Statistics of inoculations with Haffkine's anti-plague vaccine 1897-1900
Year: 1897
Disease focus: Plague
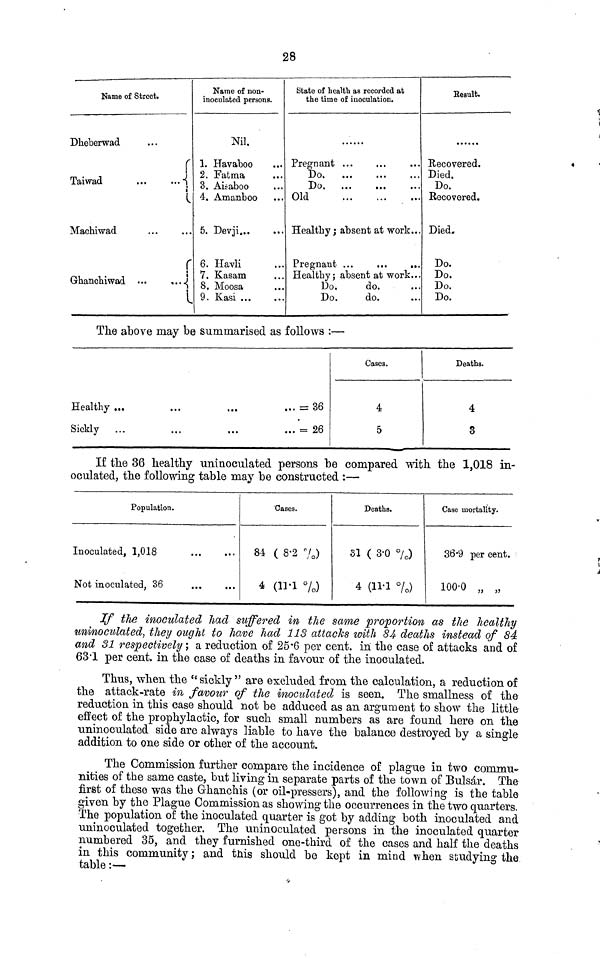
28
Name of Street.
Dheberwad
Taiwad
Machiwad
Ghanchiwad
...
...
...
...
...
...
···
Name of non-
inoculated persons.
Nil.
1. Havaboo
2. Fat ma
3. Aitaboo
4. Amanboo
5. Devji...
6. Havli
7. Kasam
8. Moosa
9. Kasi ...
···
...
...
...
···
otate of health as recorded at
the time of inoculation.
Pregnant
Do.
Do.
Old
······
···
...
...
...
···
...
...
...
···
···
...
...
Healthy ; absent at work...
Pregnant
Healthy ; absent at work...
Do.
Do
do.
do.
...
...
Result.
Recovered.
Died.
Do.
Recovered.
Died.
Do.
Do.
Do.
Do.
The above may be summarised as follows :—
Healthy
Sickly
...
...
...
...
...
...
... = 36
... = 26
Cases.
4
5
Deaths.
4
3
If the 36 healthy uninoculated persons be compared with the 1,018 in-
oculated, the following table may be constructed :—
Population.
Inoculated, 1,018
Not inoculated, 36
...
...
...
...
Cases.
84 ( 8 . 2 %)
4 (11 . 1 %)
Deaths.
31 ( 3 . 0 %)
4 (11 . 1 %)
Case mortality.
36 . 9 per cent.
100 . 0 „ „
If the inoculated had suffered in the same proportion as the healthy
uninoculated, they ought to have had 118 attacks with 84 deaths instead of 84
and 31 respectively ; a reduction of 25 . 6 per cent. in the case of attacks and of
63 . 1 per cent. in the case of deaths in favour of the inoculated.
Thus, when the "sickly " are excluded from the calculation, a reduction of
the attack-rate in favour of the inoculated is seen. The smallness of the
reduction in this case should not be adduced as an argument to show the little
effect of the prophylactic, for such small numbers as are found here on the
uninoculated side are always liable to have the balance destroyed by a single
addition to one side or other of the account.
The Commission further compare the incidence of plague in two commu-
nities of the same caste, but living in separate parts of the town of Bulsár. The
first of these was the Grhanchis (or oil-pressers), and the following is the table
given by the Plague Commission as showing the occurrences in the two quarters.
The population of the inoculated quarter is got by adding both inoculated and
uninoculated together. The uninoculated persons in the inoculated quarter
numbered 35, and they furnished one-third of the cases and half the deaths
in this community ; and this should be kept in mind when studying the
table :—